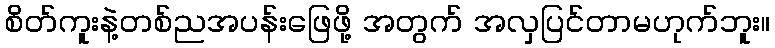
စိတ်ကူးနဲ့တစ်ညအပန်းဖြေဖို့ အတွက် အလှပြင်တာမဟုက်ဘူး။